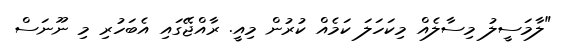
"ލާމަސީލު މިސާލެއް މިކަހަލަ ކަމެއް ކުރުން މިއީ. ރާއްޖޭގައި އެބަހުރި މި ނޫނަސް